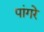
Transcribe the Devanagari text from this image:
पांगरे